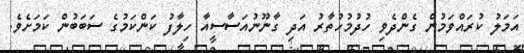
އަމަލު ކުރައްވަމުން ގެންދެވި ހުދުމުހުތާރު އަދި ގާނޫނުއަސާސީއާ ހިލާފު ކަންކަމުގެ ސަބަބުން ކަމަށެވެ.